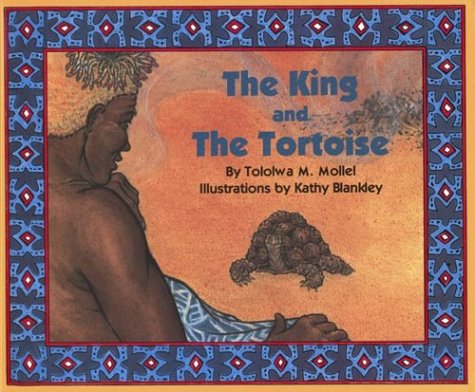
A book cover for The King and the Tortoise; Tololwa M. Mollel; Children's Books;